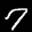
Label: 7